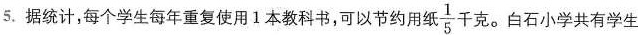
5. 据统计,每个学生每年重复使用1本教科书,可以节约用纸\frac{1}{5} 千克。白石小学共有学生